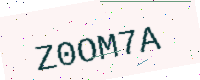
Text: Z0OM7A